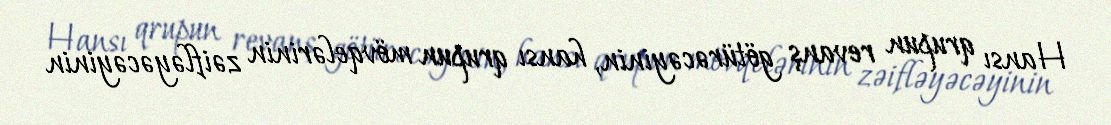
Hansı qrupun revanş götürəcəyinin, hansı qrupun mövqelərinin zəifləyəcəyinin